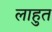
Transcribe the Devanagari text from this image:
लाहुत